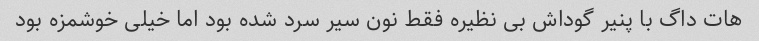
هات داگ با پنیر گوداش بی نظیره فقط نون سیر سرد شده بود اما خیلی خوشمزه بود